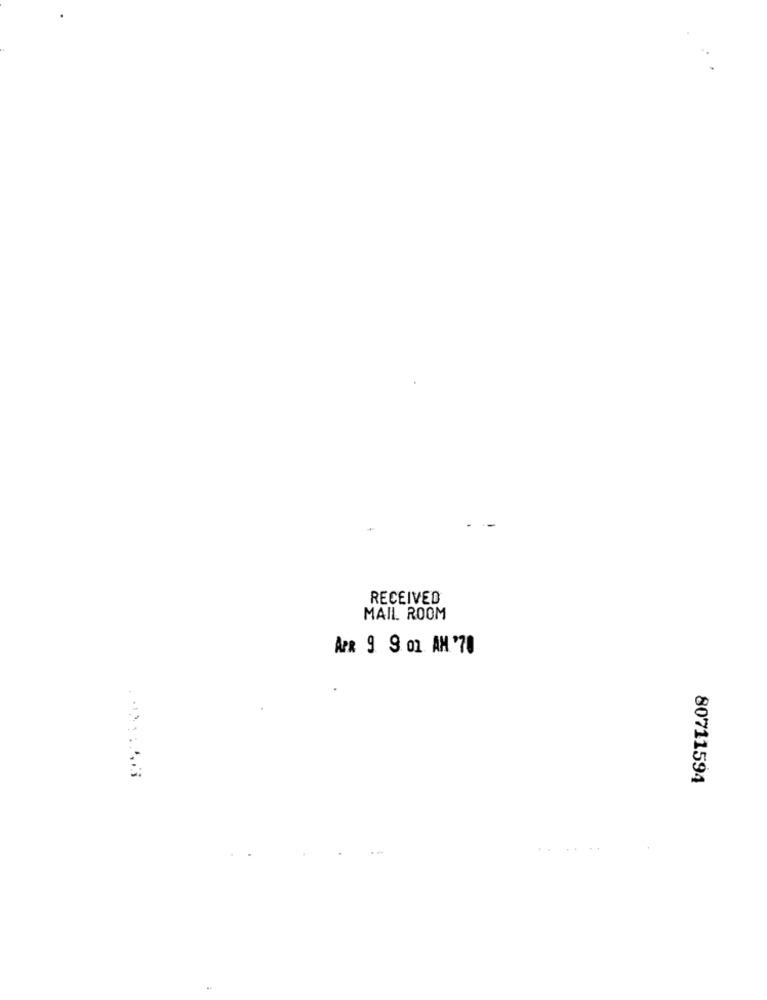
RECEIVED
MAIL ROOM
APR 9 9 01 AM '70
80711594